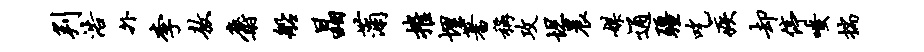
判浩外李敖麝船晶蒲摧埋蓍称攻坦晨媒通疆吃疾却停嗤揣